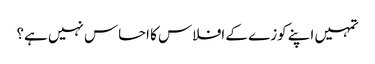
تمہیں اپنے کوزے کے افلاس کا احساس نہیں ہے؟